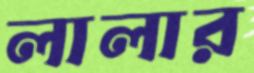
লালার